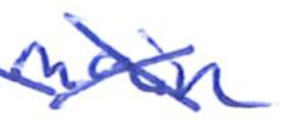
Text: main
Cross-out: cross
Writing tool: ballpoint